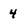
Character: 4